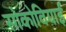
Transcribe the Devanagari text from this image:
सोकोवियाई